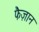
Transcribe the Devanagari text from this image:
फैज़ान